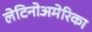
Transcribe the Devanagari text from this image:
लेटिनोअमेरिका